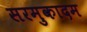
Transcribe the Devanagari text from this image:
सरमुकादम